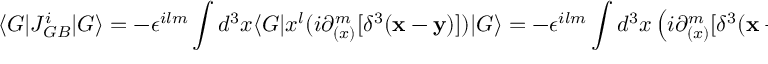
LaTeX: \langle G \vert J _ { G B } ^ { i } \vert G \rangle = - \epsilon ^ { i l m } \int d ^ { 3 } x \langle G \vert x ^ { l } ( i \partial _ { ( x ) } ^ { m } [ \delta ^ { 3 } ( { \bf x - y } ) ] ) \vert G \rangle = - \epsilon ^ { i l m } \int d ^ { 3 } x \left( i \partial _ { ( x ) } ^ { m } [ \delta ^ { 3 } ( { \bf x - y } ) ] \right) x ^ { l }